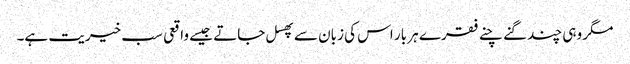
مگر وہی چند گنے چنے فقرے ہر بار اس کی زبان سے پھسل جاتے جیسے واقعی سب خیریت ہے۔